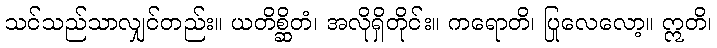
သင်သည်သာလျှင်တည်း။ ယတိစ္ဆိတံ၊ အလိုရှိတိုင်း။ ကရောတိ၊ ပြုလေလော့။ ဣတိ၊